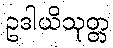
ဥဒါယိသုတ္တ